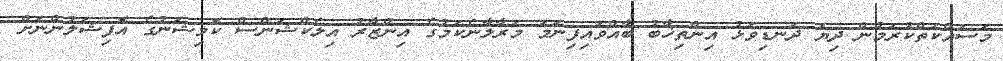
މަސައްކަތްކުރަމުން ދިޔަ ދަނޑިވަޅު އިންތިޚާބު ބާއްވައިފިނަމަ މަރާލާނެކަމުގެ އިންޒާރު އިލެކްޝަންސް ކޮމިޝަނުގެ އޮފިޝަލުންނަށް